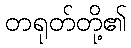
တရုတ်တို့၏